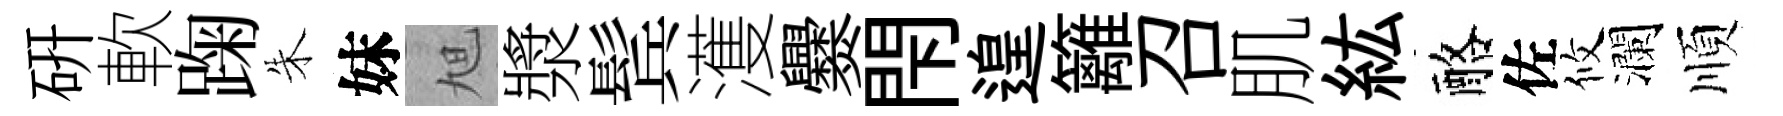
硏軟踘朱妹旭漿鬂濩爨閇遑籬召肌紘酪佐攸瀾順